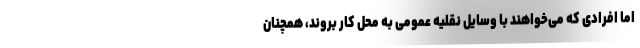
اما افرادی که می‌خواهند با وسایل نقلیه عمومی به محل کار بروند، همچنان